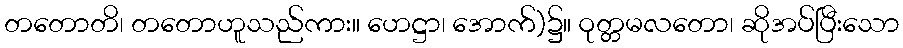
တတောတိ၊ တတောဟူသည်ကား။ ဟေဋ္ဌာ၊ အောက်)၌။ ဝုတ္တမလတော၊ ဆိုအပ်ပြီးသော